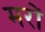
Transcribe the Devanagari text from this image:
मरों